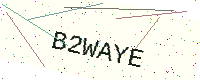
Text: B2WAYE